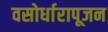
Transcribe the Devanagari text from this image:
वसोर्धारापूजन